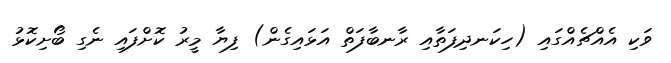
ވަކި އެއްޗެއްގައި (ހިކަނދިފަތާއި ރާނބާފަތް އަޅައިގެން) ފިޔާ މީރު ކޮށްފައި ނެގި ބޯށިކޮޅު